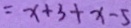
= x + 3 + x - 5